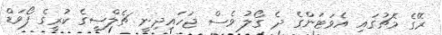
ރޭގެ މެޗުގައި އެވަޓަންގެ ދެ ގޯލު ވެސް ޖަހައިދިނީ ޗެލްސީގެ ކުރީގެ ފޯވަޑް